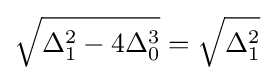
{\sqrt {\Delta _{1}^{2}-4\Delta _{0}^{3}}}={\sqrt {\Delta _{1}^{2}}}